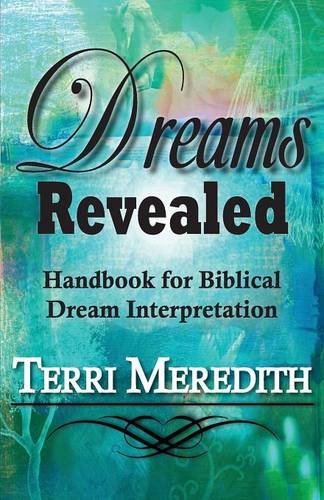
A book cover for Dreams Revealed: Handbook for Biblical Dream Interpretation; Terri Meredith; Self-Help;